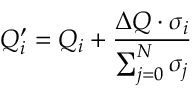
Q _ { i } ^ { \prime } = Q _ { i } + \frac { \Delta Q \cdot \sigma _ { i } } { \sum _ { j = 0 } ^ { N } \sigma _ { j } }